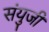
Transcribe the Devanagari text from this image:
संयुजी